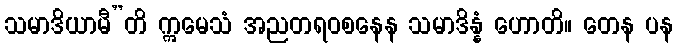
သမာဒိယာမီ”တိ ဣမေသံ အညတရဝစနေန သမာဒိန္နံ ဟောတိ။ တေန ပန